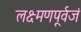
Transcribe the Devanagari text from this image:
लक्ष्मणपूर्वजं